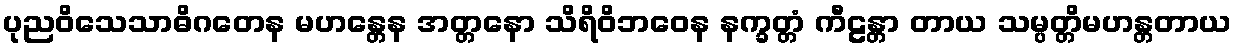
ပုညဝိသေသာဓိဂတေန မဟန္တေန အတ္တနော သိရိဝိဘဝေန နက္ခတ္တံ ကီဠန္တာ တာယ သမ္ပတ္တိမဟန္တတာယ